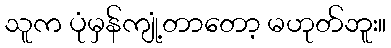
သူက ပုံမှန်ကျုံ့တာတော့ မဟုတ်ဘူး။